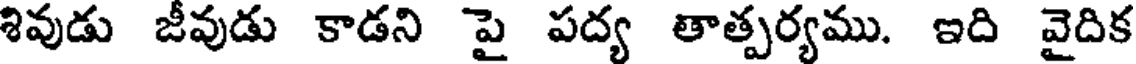
శివుడు జీవుడు కాడని పై పద్య తాత్పర్యము. ఇది వైదిక